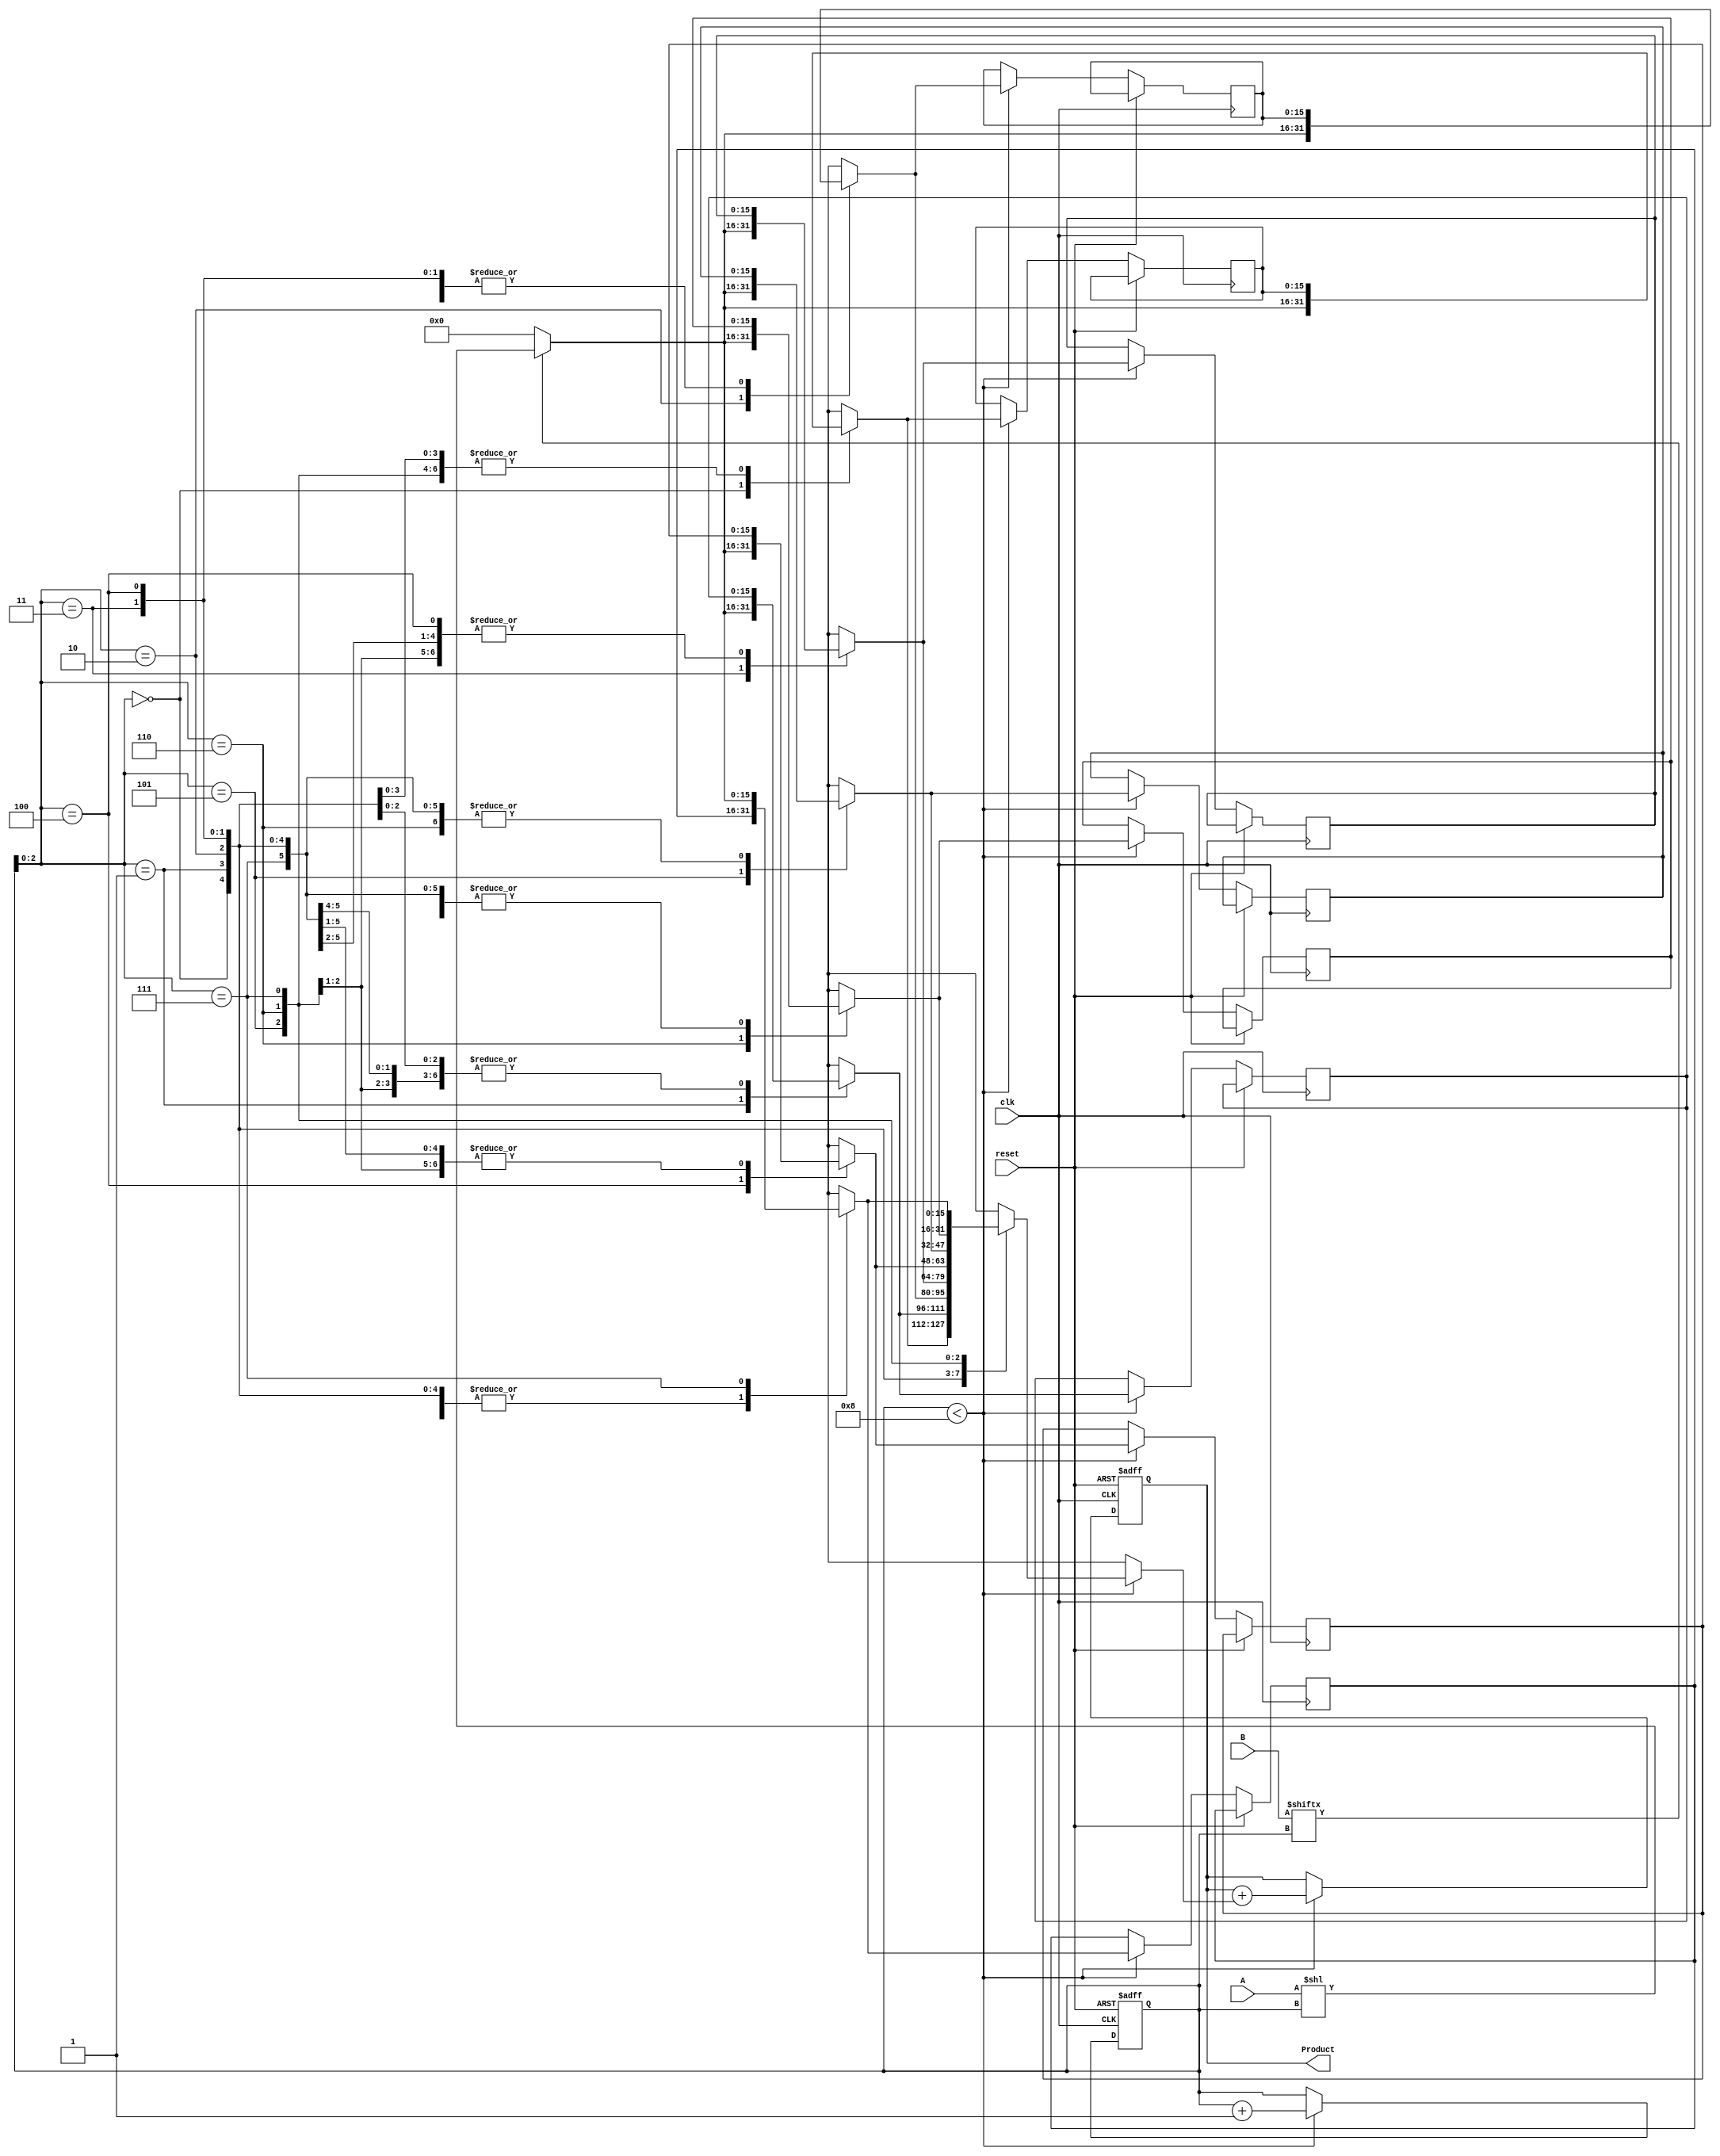
module PartialProductAccumulator #(parameter N = 8) (
    input  wire [N-1:0] A,        // Multiplier
    input  wire [N-1:0] B,        // Multiplicand
    input  wire clk,              // Clock signal
    input  wire reset,            // Reset signal
    output reg [2*N-1:0] Product  // Final accumulated product
);

// Internal signals
reg [2*N-1:0] partial_products [0:N-1]; // Array to hold partial products
reg [3:0] count; // Counter for the number of bits processed

// Partial product generation and accumulation
always @(posedge clk or posedge reset) begin
    if (reset) begin
        Product <= 0; // Clear the product on reset
        count <= 0;   // Reset the count
    end else begin
        if (count < N) begin
            // Generate partial product for the current bit of B
            partial_products[count] = (B[count] ? (A << count) : 0);
            // Accumulate the partial products
            Product <= Product + partial_products[count];
            count <= count + 1; // Move to the next bit
        end
    end
end

endmodule